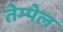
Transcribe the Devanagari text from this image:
तेम्पेल